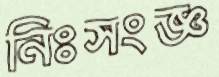
নিঃসংজ্ঞ